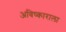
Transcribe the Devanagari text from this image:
अविष्काराला